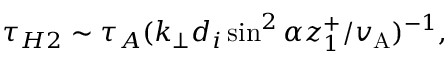
\tau _ { H 2 } \sim \tau _ { A } ( k _ { \perp } d _ { i } \sin ^ { 2 } \alpha z _ { 1 } ^ { + } / v _ { \mathrm { A } } ) ^ { - 1 } ,